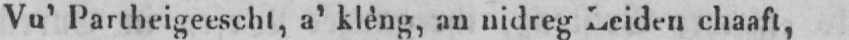
Vu’ Partheigeescht, a’ klèng, an nidreg Leiden chaaft,